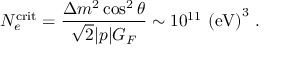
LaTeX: N _ { e } ^ { \mathrm { c r i t } } = \frac { \Delta m ^ { 2 } \cos ^ { 2 } \theta } { \sqrt { 2 } | p | G _ { F } } \sim 1 0 ^ { 1 1 } ~ \mathrm { ( e V ) } ^ { 3 } ~ .